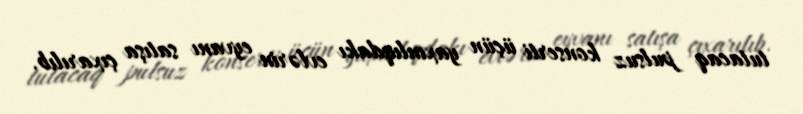
tutacaq pulsuz konserti üçün yaxınlıqdakı evlərin eyvanı satışa çıxarılıb.